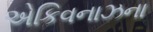
એકિવનાઝના